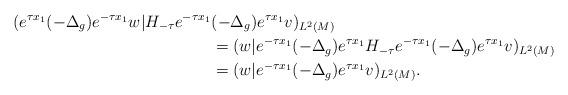
LaTeX: \begin{align*}(e^{\tau x_1}(-\Delta_g)e^{-\tau x_1}w|H_{-\tau} e^{-\tau x_1}&(-\Delta_g)e^{\tau x_1}v)_{L^2(M)}\\&=(w|e^{-\tau x_1}(-\Delta_g)e^{\tau x_1}H_{-\tau} e^{-\tau x_1}(-\Delta_g)e^{\tau x_1}v)_{L^2(M)}\\&=(w|e^{-\tau x_1}(-\Delta_g)e^{\tau x_1}v)_{L^2(M)}.\end{align*}